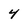
Character: 4